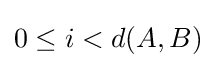
0\leq i<d(A,B)